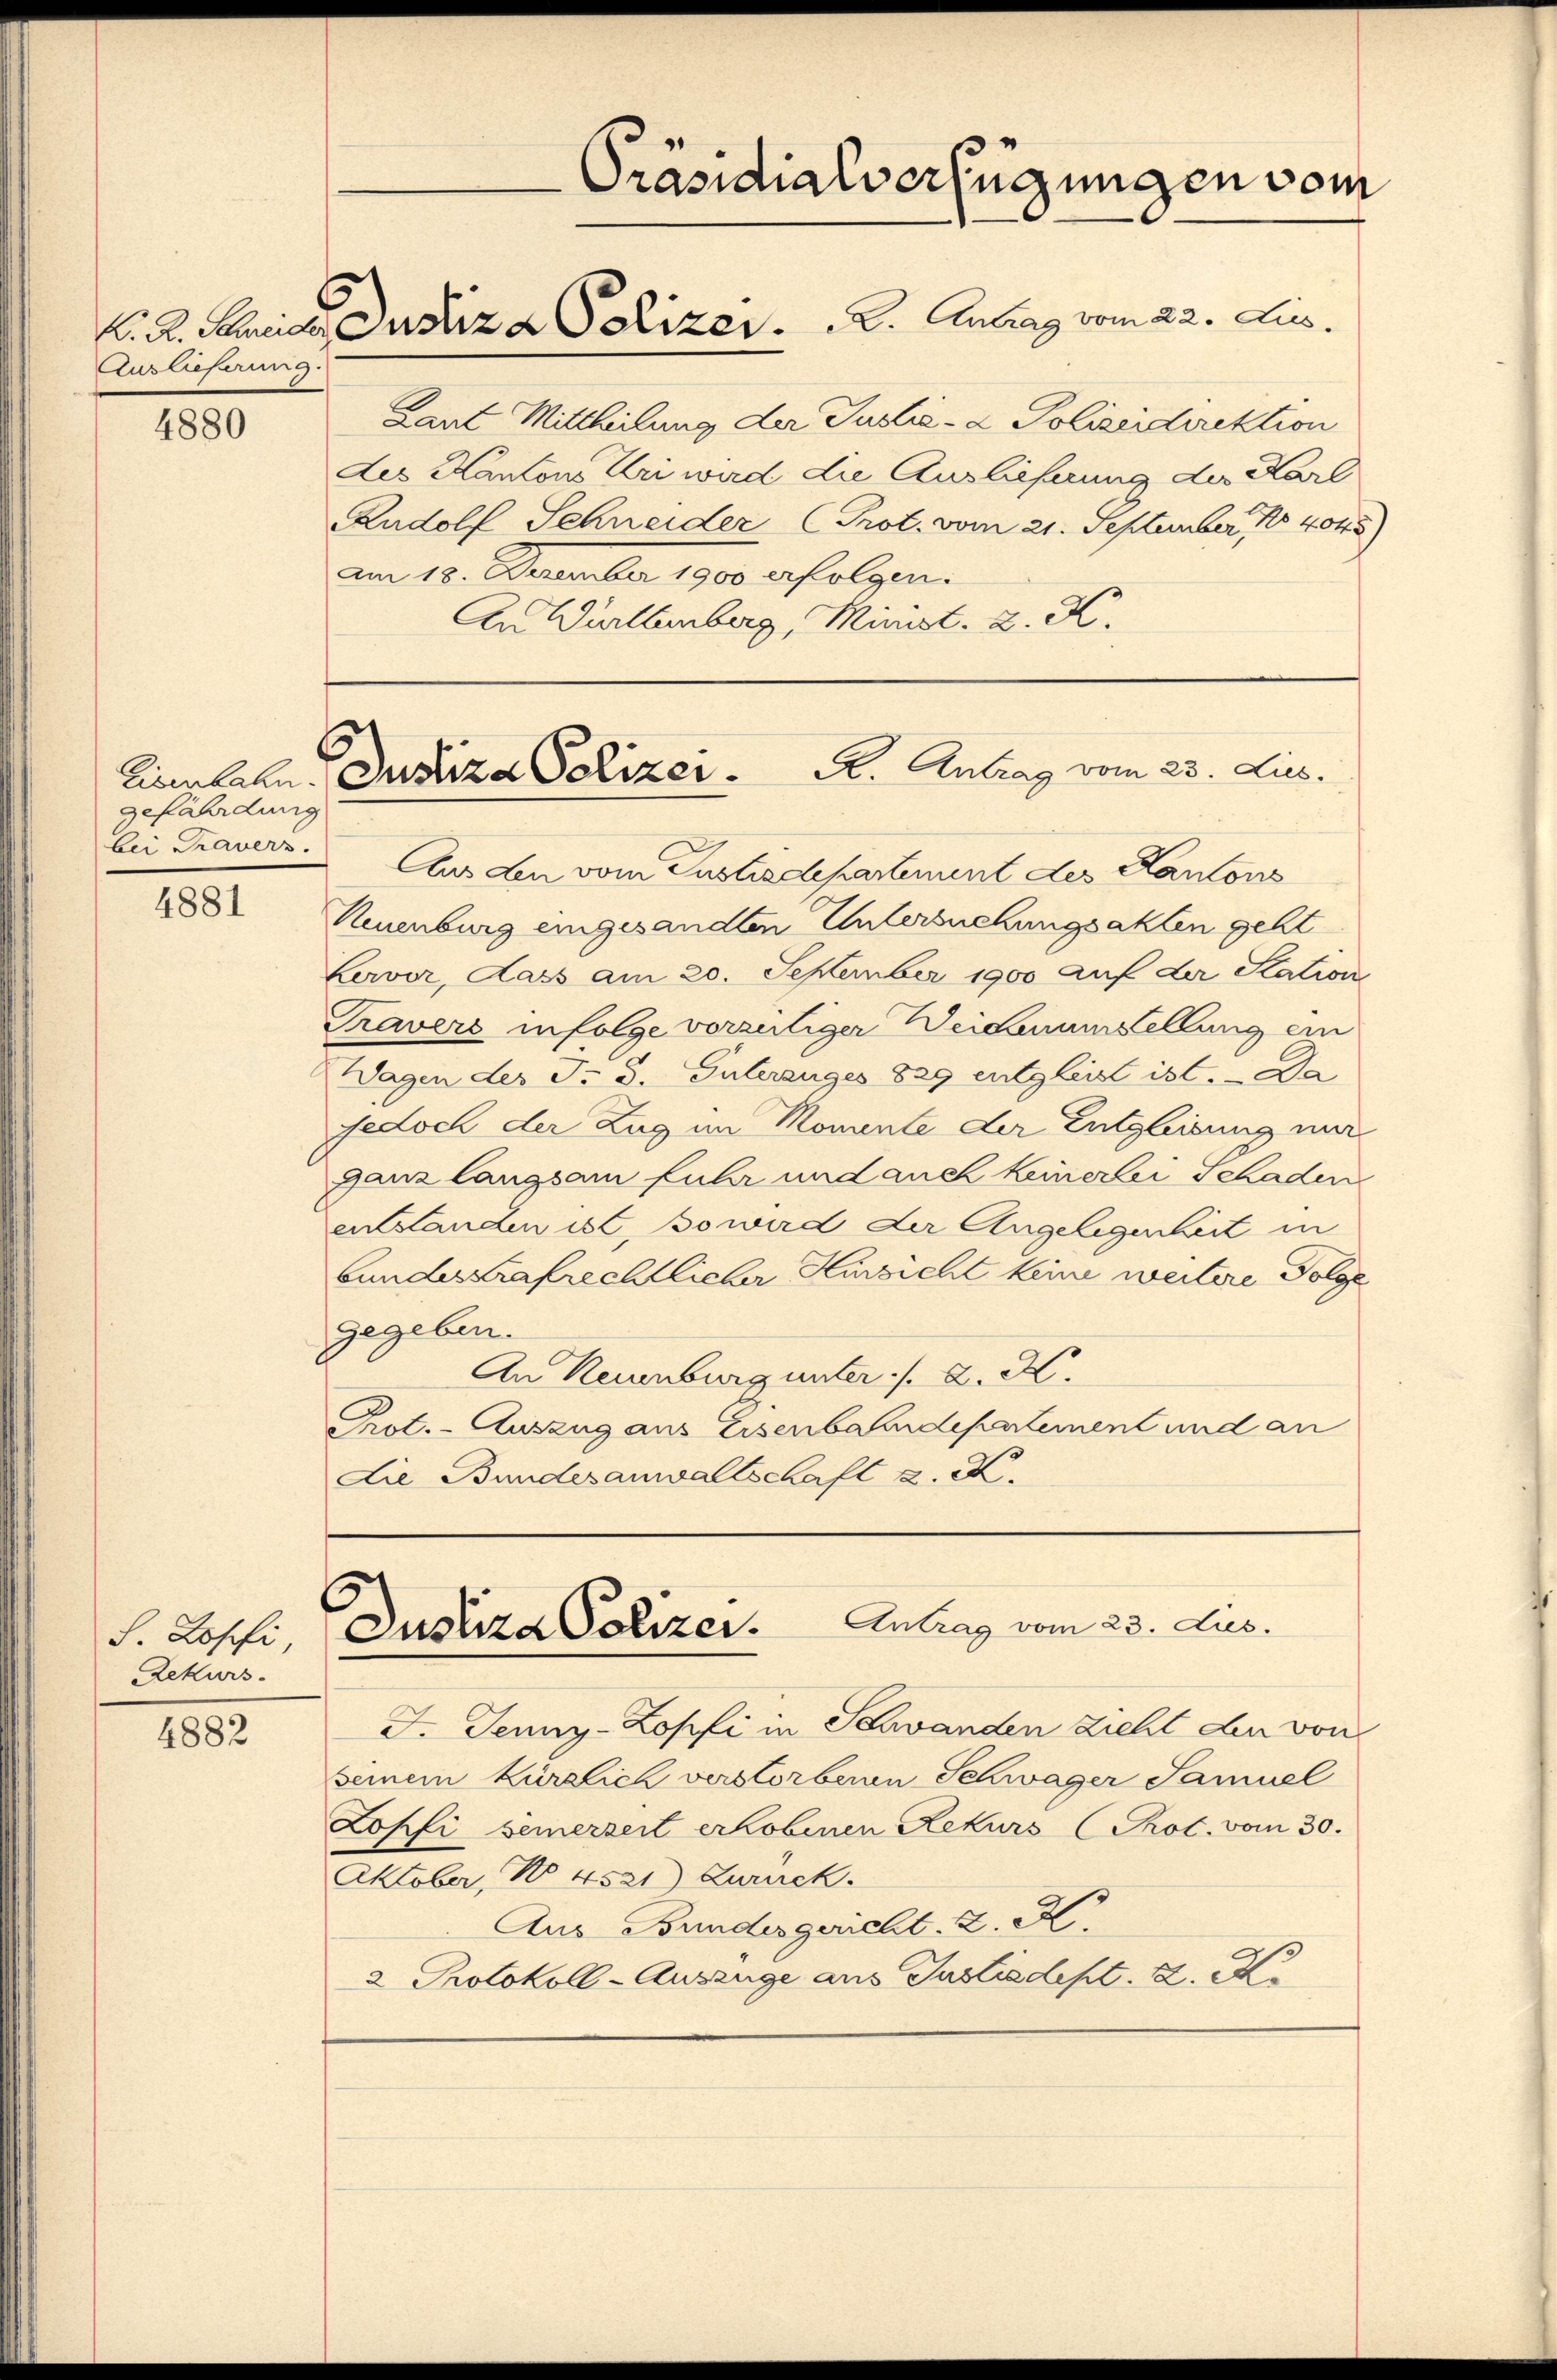
Auslieferung.

4880

gefährdung

4881

S. Lopfi
Zekurs.

4882

Laut Mittheilung der Justiz- & Polizeidirektion
des Kantons Uri wird die Auslieferung der Karl
Rudolf Schneider C Prot. vom 21. September, 154045)
Am 18. Dezember 1900 erfolgen.
An Württemberg, Minist. K. K.

K. K. Maria Justiz & Polizer.  2. Antrag vom 22. Jus.

Präsidialverfügungen vom

Eisenbahn. Justiza Polizer. A. Antrag vom 23. Lus.

bei Traver Aus den vom Zustizdepartement des Kantons
Neuenburg eingesandten Untersuchungsakten geht
Lervor, dass am 20. September 1900 auf der Station
Travers infolge verzeitiger Weidmünstellung ein
WWagen der J. G. Interzuges 829 entgleist ist. - Da
Jedoch der Zug im Momente der Entgleisung nur
ganz langsam fuhr und auch keinerlei Schaden
entstanden ist, so wird der Angelegenheit in
bundestrafrechtlicher Hinsicht keine weitere Folge
gegeben.
An Neuenburg unter ./. 2. M.
Prot. - Auszug aus Eisenbahndepartement und an
die Bundesanwaltschaft z. K.

6
Antrag vom 23. Aus
Justiza Polizei.

F. Jenny-Zopfi in Schwanden zieht den von
seinem kürzlich verstorbenen Schwager Samuel
Zopfi seinerzeit erhobenen Rekurs (Pot. vom 30.
Oktober, No 4521) Zurück.
Aus Bundesgericht. Z. M.
2 Protokoll-Auszüge aus Instiedept. d. K.